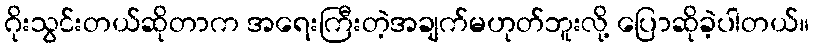
ဂိုးသွင်းတယ်ဆိုတာက အရေးကြီးတဲ့အချက်မဟုတ်ဘူးလို့ ပြောဆိုခဲ့ပါတယ်။